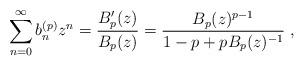
LaTeX: \begin{align*}\sum_{n=0}^\infty b^{(p)}_n z^n =\frac{B_p'(z)}{B_p(z)}= \frac{B_p(z)^{p-1}}{1-p+pB_p(z)^{-1}}\ ,\end{align*}